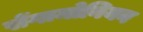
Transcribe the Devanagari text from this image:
सेंगामोनियन